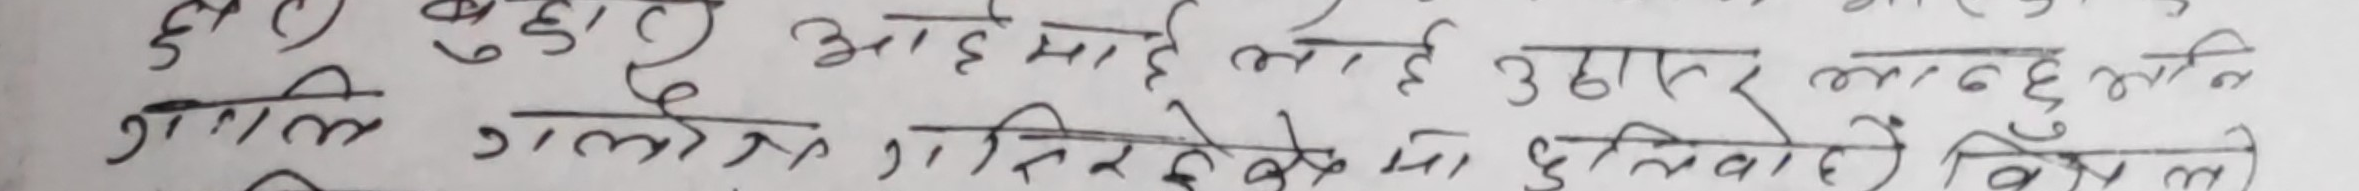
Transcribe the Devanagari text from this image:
दुलार बुहार आहेमाह लाई उठाहर भन्दछ रति
गति गलति गादरे के मा हुनिवाहो विचले